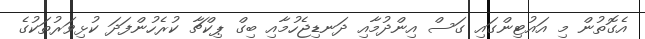
އެގޮތުން މި އައުޓިންގައި ގަސް އިންދުމާއި ދަނޑިޖެހުމާއި ބިގް ޕިކްޗާ ކުރެހުންފަދަ ކުޅިވަރުތަކުގެ